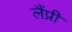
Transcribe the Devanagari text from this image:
लैंप्री